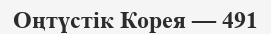
Оңтүстік Корея — 491